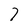
Character: 7